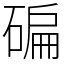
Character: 碥